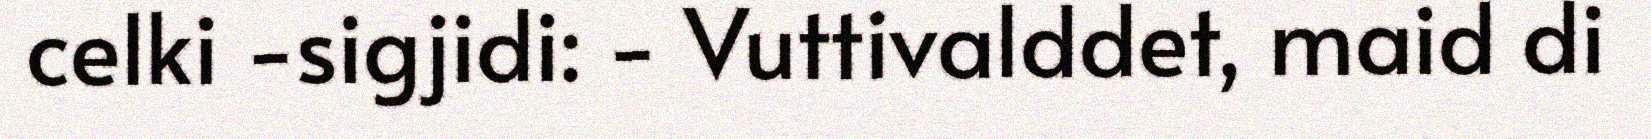
celki -sigjidi: - Vuttivalddet, maid di